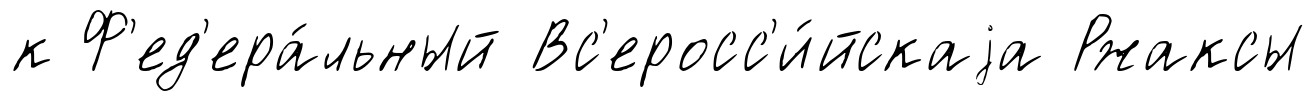
к Ф'ед'ера́льный Вс'еросс'и́йскаjа Ржаксы